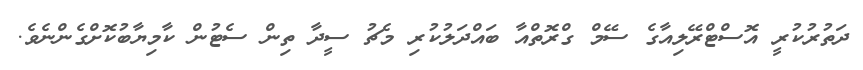
ދަތުރުކުރީ އޮސްޓްރޭލިއާގެ ސޭމް ގްރޮތްއާ ބައްދަލުކުރި މެޗު ސީދާ ތިން ސެޓުން ކާމިޔާބުކޮށްގެންނެވެ.